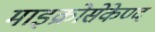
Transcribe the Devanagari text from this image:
माइक्रोसेकेण्द